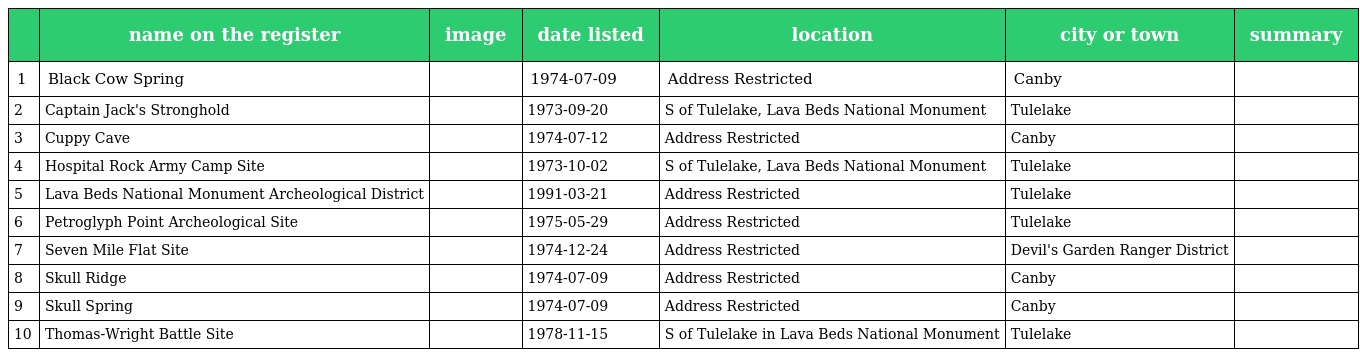
|  | name on the register | image | date listed | location | city or town | summary |
 | --- | --- | --- | --- | --- | --- | --- |
 | 1 | Black Cow Spring |  | 1974-07-09 | Address Restricted | Canby |  |
 | 2 | Captain Jack's Stronghold |  | 1973-09-20 | S of Tulelake, Lava Beds National Monument | Tulelake |  |
 | 3 | Cuppy Cave |  | 1974-07-12 | Address Restricted | Canby |  |
 | 4 | Hospital Rock Army Camp Site |  | 1973-10-02 | S of Tulelake, Lava Beds National Monument | Tulelake |  |
 | 5 | Lava Beds National Monument Archeological District |  | 1991-03-21 | Address Restricted | Tulelake |  |
 | 6 | Petroglyph Point Archeological Site |  | 1975-05-29 | Address Restricted | Tulelake |  |
 | 7 | Seven Mile Flat Site |  | 1974-12-24 | Address Restricted | Devil's Garden Ranger District |  |
 | 8 | Skull Ridge |  | 1974-07-09 | Address Restricted | Canby |  |
 | 9 | Skull Spring |  | 1974-07-09 | Address Restricted | Canby |  |
 | 10 | Thomas-Wright Battle Site |  | 1978-11-15 | S of Tulelake in Lava Beds National Monument | Tulelake |  |